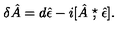
\delta \hat { A } = d \hat { \epsilon } - i [ \hat { A } \stackrel { \star } { , } \hat { \epsilon } ] .